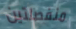
منفصلتين